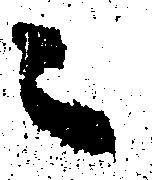
ニ